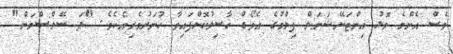
ވެސް އެންމެ މޮޅު އިންޓަނޭޝަނަލް ފިލްމުގެ އެވޯޑް ހާސިލުކޮށްފައިވާ ހުނަރުވެރިއެކެވެ. "ދަ ސޭލްސްމަން"